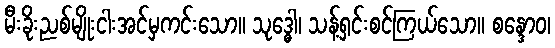
မီးခိုးညစ်မျိုးငါးအင်မှကင်းသော။ သုဒ္ဓေါ၊ သန့်ရှင်းစင်ကြယ်သော။ စန္ဒောဝ၊